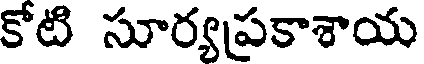
కోటి సూర్యప్రకాశాయ